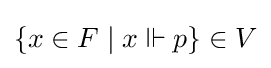
\{x\in F\mid x\Vdash p\}\in V